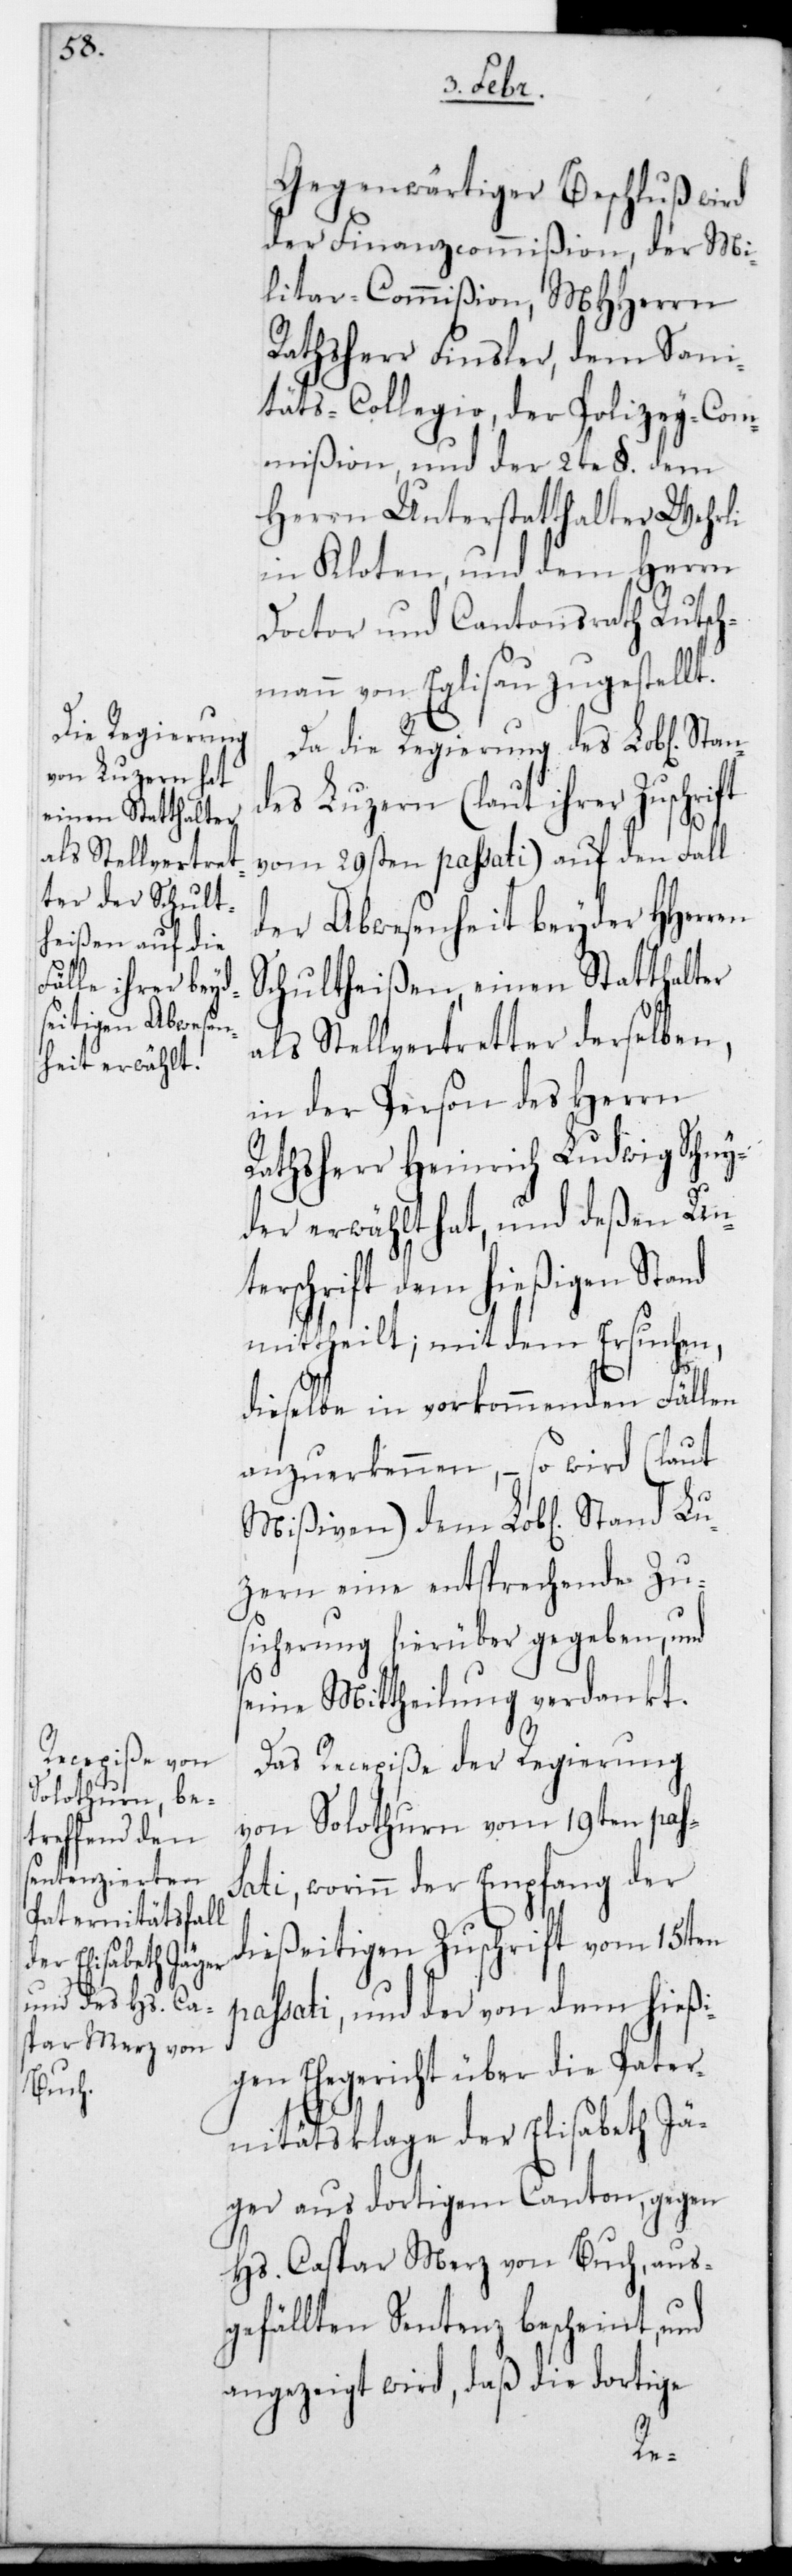
Gegenwärtiger Beschluß wird
der Finanzcommißion, der Mi¬
litar-Commißion, MHHerrn
Rathsherr Finsler, dem Sani¬
täts-Collegio, der Polizey-Com¬
mißion und der 2te §. dem
Herrn Unterstatthalter Wehrli
in Kloten, und dem Herrn
Doctor und Cantonsrath Rutsch¬
mann von Eglisau zugestellt.
Da die Regierung des L. Stan¬
des Luzern (laut ihrer Zuschrift
vom 29sten passati) auf den Fall
der Abwesenheit beyder HHerren
Schultheißen einen Statthalter
als Stellvertreter derselben,
in der Person des Herrn
Rathsherr Heinrich Ludwig Schny¬
der erwählt hat, und deßen Un¬
terschrift dem hießigen Stand
mittheilt; mit dem Ersuchen,
dieselbe in vorkommenden Fällen
anzuerkennen, – so wird (laut
Mißiven) dem L. Stand Lu¬
zern eine entsprechende Zus¬
icherung hierüber gegeben, und
seine Mittheilung verdankt.
Das Recepiße der Regierung
von Solothurn vom 19ten pas¬
sati, worinn der Empfang der
dießeitigen Zuschrift vom 15ten
passati, und der von dem hießi¬
gen Ehegericht über die Pater¬
nitätsklage der Elisabeth Jä¬
ger aus dortigem Canton, gegen
Hs. Caspar Merz von Buch, aus¬
gefällten Sentenz bescheint, und
angezeigt wird, daß die dortige